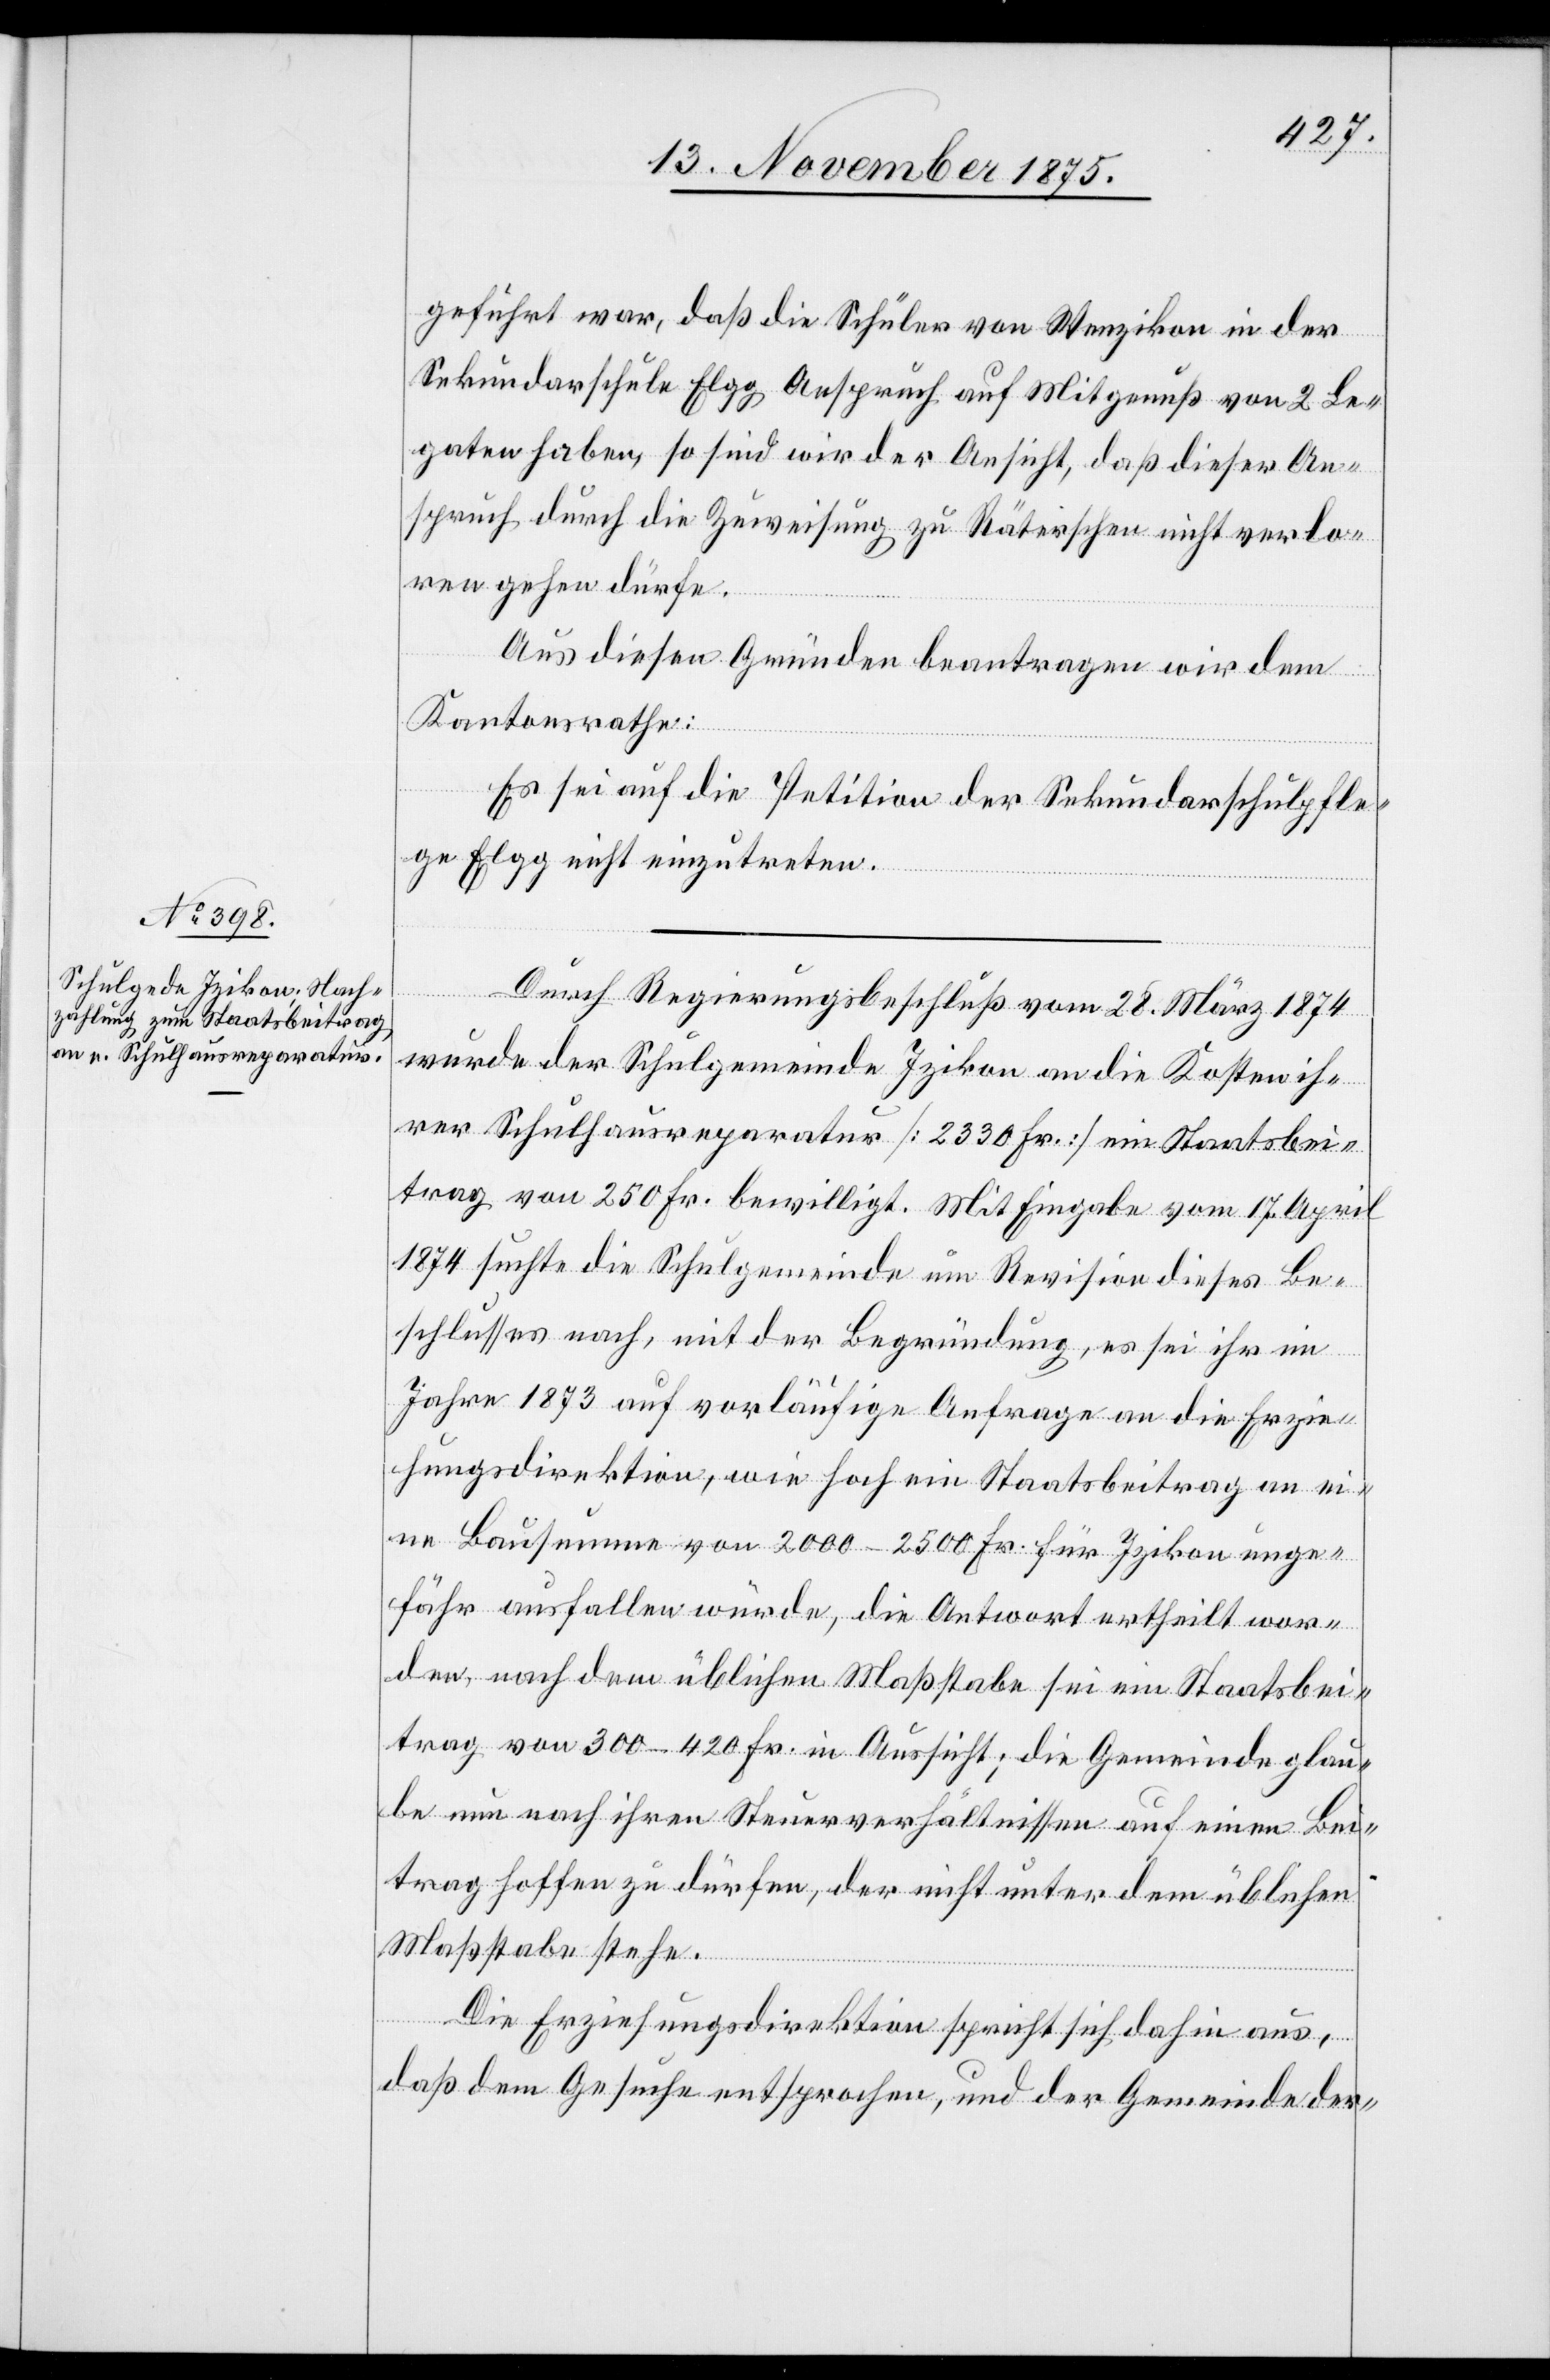
geführt war, daß die Schüler von Wenzikon in der
Sekundarschule Elgg Anspruch auf Mitgenuß von 2 Le¬
gaten haben, so sind wir der Ansicht, daß dieser An¬
spruch durch die Zuweisung zu Räterschen nicht verlo¬
ren gehen dürfe.
Aus diesen Gründen beantragen wir dem
Kantonsrathe:
Es sei auf die Petition der Sekundarschulpfle¬
ge Elgg nicht einzutreten.
Durch Regierungsbeschluß vom 28. März 1874
wurde der Schulgemeinde Izikon an die Kosten ih¬
rer Schulhausreparatur [2330 Fr.] ein Staatsbei¬
trag von 250 Fr. bewilligt. Mit Eingabe vom 17. April
1874 suchte die Schulgemeinde um Revision dieses Be¬
schlusses nach, mit der Begründung, es sei ihr im
Jahre 1873 auf vorläufige Anfrage an die Erzie¬
hungsdirektion, wie hoch ein Staatsbeitrag an ei¬
ne Bausumme von 2000–2500 Fr. für Izikon unge¬
fähr ausfallen würde, die Antwort ertheilt wor¬
den, nach dem üblichen Maßstabe sei ein Staatsbei¬
trag von 300–420 Fr. in Aussicht; die Gemeinde glau¬
be nun nach ihren Steuerverhältnissen auf einen Bei¬
trag hoffen zu dürfen, der nicht unter dem üblichen
Maßstabe stehe.
Die Erziehungsdirektion spricht sich dahin aus,
daß dem Gesuche entsprochen, und der Gemeinde der-